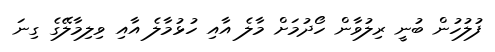
ފުލުހުން ބުނީ ރިލުވާން ހޯދުމަށް މާލެ އާއި ހުޅުމާލެ އާއި ވިލިމާލޭގެ ގިނަ